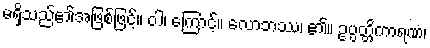
မရှိသည်၏အဖြစ်ဖြင့်။ ဝါ၊ ကြောင့်။ လောဘဿ၊ ၏။ ဥပ္ပတ္တိကာရဏံ၊